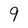
Character: 9